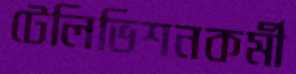
টেলিভিশনকর্মী